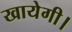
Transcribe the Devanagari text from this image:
खायेगी।